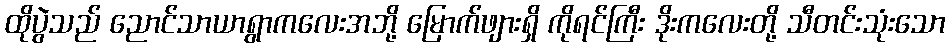
ထိုပွဲသည် ညောင်သာယာရွာကလေးအဘို့ မြောက်ဖျားရှိ ကိုရင်ကြီး ဒိုးကလေးတို့ သီတင်းသုံးသော